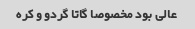
عالی بود مخصوصا گاتا گردو و کره